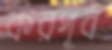
করপূর্ব